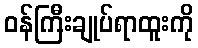
ဝန်ကြီးချုပ်ရာထူးကို